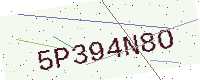
Text: 5P394N8O